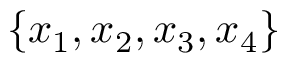
\{ x _ { 1 } , x _ { 2 } , x _ { 3 } , x _ { 4 } \}